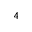
^ { 4 }